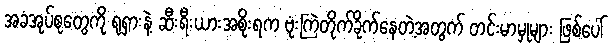
အခံအုပ်စုတွေကို ရုရှားနဲ့ ဆီးရီးယားအစိုးရက ဗုံးကြဲတိုက်ခိုက်နေတဲ့အတွက် တင်းမာမှုများ ဖြစ်ပေါ်